Annual statistical returns and brief notes on vaccination in Bengal - 1909-1929
Year: 1909
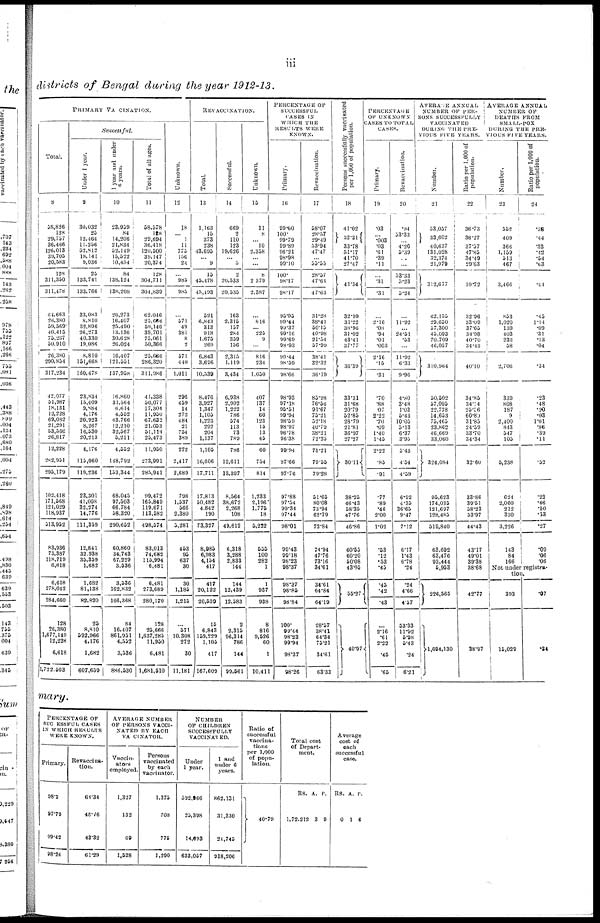
iii
districts of Bengal during the year 1912-13.
PRIMARY VACCINATION.
Total.
8
38,826
128
29,737
36,466
126,013
39,705
20,383
128
311,350
311,478
64,663
26,380
39,569
40,415
73,297
50,910
26,380
290,854
317,234
42,077
51,987
18,131
12,228
69,082
21,291
53,366
26,817
12,228
282,951
295,179
102,418
171,568
121,029
118,937
313,952
83,936
75,387
118,719
6,618
6,618
278,042
284,660
128
26,380
1,677,149
12,228
6,618
1,722,503
Successful.
Under 1 year.
9
30,032
25
12,464
11,256
32,812
18,141
9,036
25
133,741
133,766
33,083
8,810
32,896
26,273
40,330
19,086
8,810
151,668
180,478
23,834
13,409
9,884
4,176
20,923
8,267
16,530
20,213
4,176
115,060
119,236
23,301
41,008
32,274
14,776
111,359
12,841
32,938
35,359
1,682
1,682
81,138
82,820
25
8,810
592,966
4,176
1,682
607,639
1 year and under
6 years.
10
23,959
84
14,206
21,834
52,149
15,522
10,434
84
138,124
138,208
26,273
16,407
25,490
13,136
30,628
26,024
16,407
121,331
137,958
16,860
31,364
6,614
4,552
43,766
12,210
32,567
5,211
4,532
148,792
153,344
68,045
97,503
66,784
38,320
290,652
60,860
34,743
67,229
3,536
3,536
162,832
166,368
84
16,407
861,951
4,332
3,536
886,530
Total of all ages.
11
58,578
128
29,694
36,418
120,500
39,147
20,374
128
304,711
304,839
62,046
25,666
59,146
39,701
75,061
30,366
25,666
286,320
311,986
41,338
50,077
17,304
11,950
67,632
21,033
31,114
25,473
11,950
273,991
285,941
99,472
165,849
119,671
113,582
498,574
83,013
74,682
115,994
6,481
6,481
273,689
280,170
128
25,666
1,637,285
11,950
6,481
1,681,510
Unknown.
12
18
...
1
11
775
156
24
...
985
983
...
571
49
381
8
2
571
440
1,011
296
459
14
272
484
21
754
389
272
2,417
2,689
798
1,537
566
2,380
5,281
453
95
637
30
30
1,185
1,215
...
571
10,308
272
30
11,181
REVACCINATION.
Total.
13
1,163
15
373
238
43,695
... 9
15
45,478
43,493
521
6,843
313
918
1,675
269
6,843
3,696
10,339
8,476
3,927
1,347
1,105
1,223
292
204
1,137
1,105
16,806
17,711
17,813
30,482
4,842
190
73,327
8,985
6,983
4,154
417
417
20,122
20,539
15
6,843
159,229
1,105
417
167,609
Successful.
14
669
2
110
123
19,626
... 3
2
20,533
20,535
163
2,315
157
284
359
156
2,315
1,119
3,434
6,938
2,902
1,222
786
574
113
73
789
786
12,611
13,397
8,564
38,672
2,268
108
49,612
6,318
3,288
2,833
144
144
12,439
12,583
2
2,315
96,314
786
144
99,561
Unknown.
15
11
8
...
10
2,358
...
...
8
2,379
2,387
...
816
... 225
9
...
816
234
1,050
407
137
14
60
123
15
13
45
60
734
814
1,233
2,196
1,775
18
5,222
555
100
282
1
1
937
938
8
816
9,526
60
1
10,411
PERCENTAGE OF
SUCCESSFUL
CASES IN
WHICH THE
RESULTS WERE
KNOWN.
Primary.
16
99.60
100.
99.79
99.89
96.21
98.98
99.10
100.
98.17
98.17
93.95
99.44
99.37
99.16
99.69
98.93
99.44
98.59
98.66
98.93
97.18
95.51
99.94
98.59
98.97
96.78
96.38
99.94
97.66
97.76
97.88
97.54
99.34
97.44
98.01
99.43
99.18
98.23
98.37
98.37
98.85
98.84
100.
99.44
98.23
99.94
98.37
98.26
Revaccination.
17
58.07
28.37
29.49
53.94
47.47
...
55.55
28.37
47.64
47.63
31.28
38.41
50.15
40.98
21.34
57.99
38.41
32.32
36.19
83.98
76.56
91.67
73.21
32.18
40.79
38.21
72.23
76.21
79.33
79.28
51.66
80.08
73.94
62.79
72.84
74.94
47.76
73.16
34.61
34.61
64.84
64.19
28.37
38.41
64.34
75.21
34.61
63.33
Persons successfully vaccinated
per 1,000 of population.
18
41.02
32.31
33.78
51.17
41.70
27.47
41.34
32.99
31.22
38.96
31.02
43.41
37.77
36.39
33.31
31.68
20.79
52.85
28.79
21.81
36.97
27.27
30.11
38.25
46.43
58.35
47.76
46.86
60.55
60.20
50.08
43.05
55.27
40.97
PERCENTAGE
OF UNKNOWN
CASES TO TOTAL
CASES.
Primary.
19
.03
...
.003
.03
.61
.39
.11
...
.31
.31
...
2.16
.08
.94
.01
.003
2.16
.15
.31
.70
.88
07
2.22
.70
.09
1.40
1.43
2.22
.85
.91
.77
.89
.46
2.00
1.02
.53
.12
.53
.45
.45
.42
.43
...
3.16
.61
2.22
.45
.65
Revaccination.
20
.94
53.33
...
4.20
5.39
...
...
33.33
3.23
3.24
...
11.92
... 24.51
.53
...
11.92
6.33
9.96
4.80
3.48
1.03
5.43
10.05
3.13
6.37
3.95
5.43
4.34
4.39
6.92
4.35
36.65
9.47
7.12
6.17
1.43
6.78
.24
.24
4.66
4.57
53.33
11.92
5.98
5.43
.24
6.21
AVERAGE ANNUAL
NUMBER OF PER¬
SONS SUCCESSFULLY
VACCINATED
DURING THE PRE¬
VIOUS FIVE YEARS.
Number.
21
53,057
33,602
40,637
131,028
32,374
21,979
312,677
62,135
29,650
37,300
45,093
70,709
46,057
310,964
50,502
57,095
22,778
14,653
75,465
23,862
46,669
33,060
324,084
95,623
174,035
121,697
128,485
519,840
63,692
63,476
93,444
5,953
226,565
1,694,130
Ratio per 1,000 of
population.
22
36.73
36.27
37.37
47.85
34.49
29.63
39.72
32.96
33.09
37.65
34.98
40.70
34.43
40.10
34.85
34.14
25.26
60.80
31.83
24.39
33.70
34.34
32.60
33.86
39.51
58.23
53.97
44.43
43.17
49.01
39.38
38.68
42.77
38.97
AVERAGE ANNUAL
NUMBER OF
DEATHS FROM
SMALL-POX
DURING THE PRE¬
VIOUS FIVE YEARS.
Number.
23
552
409
366
1,159
313
467
3,466
853
1,020
139
403
233
58
2,706
339
808
187
9
2,400
843
547
105
5,238
624
2,060
212
330
3,226
143
84
166
Ratio per 1,000 of
population.
24
.38
.44
.33
.12
.54
.63
.11
.43
1.14
.09
.31
.13
.04
.34
.23
.48
.20
.03
1.01
.86
.39
.11
.52
.22
.46
.10
.13
.27
.09
.06
.06
Not under registra-
tion.
393
15,029
.07
.34
mary.
PERCENTAGE OF
SUCCESSFUL CASES
IN WHICH RESULTS
WERE KNOWN.
Primary.
98.2
97.79
99.42
98.24
Revaccina-
tion.
64.34
48.16
43.32
61.29
AVERAGE NUMBER
OF PERSONS VACCI-
NATED BY EACH
VACCINATOR.
Vaccin-
ators
employed.
1,327
132
69
1,528
Persons
vaccinated
by each
vaccinator.
1,375
708
775
1,290
NUMBER
OF CHILDREN
SUCCESSFULLY
VACCINATED.
Under
1 year.
392,966
25,398
14,693
633,057
1 and
under 6
years.
862,131
31,330
24,745
918,206
Ratio of
successful
vaccina-
tions
per 1,000
of popu-
lation.
40.79
Total cost
of Depart-
ment.
RS.
1,72,212
A.
3
P.
9
Average
cost of
each
successful
case.
RS.
0
A.
1
P.
6